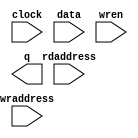
// megafunction wizard: %RAM: 2-PORT%VBB%
// GENERATION: STANDARD
// VERSION: WM1.0
// MODULE: altsyncram 

// ============================================================
// Megafunction Name(s):
// 			altsyncram
//
// Simulation Library Files(s):
// 			altera_mf
// ============================================================
// ************************************************************
// THIS IS A WIZARD-GENERATED FILE. DO NOT EDIT THIS FILE!
//
// 13.0.1 Build 232 06/12/2013 SP 1 SJ Web Edition
// ************************************************************

//Copyright (C) 1991-2013 Altera Corporation
//Your use of Altera Corporation's design tools, logic functions 
//and other software and tools, and its AMPP partner logic 
//functions, and any output files from any of the foregoing 
//(including device programming or simulation files), and any 
//associated documentation or information are expressly subject 
//to the terms and conditions of the Altera Program License 
//Subscription Agreement, Altera MegaCore Function License 
//Agreement, or other applicable license agreement, including, 
//without limitation, that your use is for the sole purpose of 
//programming logic devices manufactured by Altera and sold by 
//Altera or its authorized distributors.  Please refer to the 
//applicable agreement for further details.

module DISP_RAM (
	clock,
	data,
	rdaddress,
	wraddress,
	wren,
	q);

	input	  clock;
	input	[7:0]  data;
	input	[12:0]  rdaddress;
	input	[12:0]  wraddress;
	input	  wren;
	output	[7:0]  q;
`ifndef ALTERA_RESERVED_QIS
// synopsys translate_off
`endif
	tri1	  clock;
	tri0	  wren;
`ifndef ALTERA_RESERVED_QIS
// synopsys translate_on
`endif

endmodule

// ============================================================
// CNX file retrieval info
// ============================================================
// Retrieval info: PRIVATE: ADDRESSSTALL_A NUMERIC "0"
// Retrieval info: PRIVATE: ADDRESSSTALL_B NUMERIC "0"
// Retrieval info: PRIVATE: BYTEENA_ACLR_A NUMERIC "0"
// Retrieval info: PRIVATE: BYTEENA_ACLR_B NUMERIC "0"
// Retrieval info: PRIVATE: BYTE_ENABLE_A NUMERIC "0"
// Retrieval info: PRIVATE: BYTE_ENABLE_B NUMERIC "0"
// Retrieval info: PRIVATE: BYTE_SIZE NUMERIC "8"
// Retrieval info: PRIVATE: BlankMemory NUMERIC "0"
// Retrieval info: PRIVATE: CLOCK_ENABLE_INPUT_A NUMERIC "0"
// Retrieval info: PRIVATE: CLOCK_ENABLE_INPUT_B NUMERIC "0"
// Retrieval info: PRIVATE: CLOCK_ENABLE_OUTPUT_A NUMERIC "0"
// Retrieval info: PRIVATE: CLOCK_ENABLE_OUTPUT_B NUMERIC "0"
// Retrieval info: PRIVATE: CLRdata NUMERIC "0"
// Retrieval info: PRIVATE: CLRq NUMERIC "0"
// Retrieval info: PRIVATE: CLRrdaddress NUMERIC "0"
// Retrieval info: PRIVATE: CLRrren NUMERIC "0"
// Retrieval info: PRIVATE: CLRwraddress NUMERIC "0"
// Retrieval info: PRIVATE: CLRwren NUMERIC "0"
// Retrieval info: PRIVATE: Clock NUMERIC "0"
// Retrieval info: PRIVATE: Clock_A NUMERIC "0"
// Retrieval info: PRIVATE: Clock_B NUMERIC "0"
// Retrieval info: PRIVATE: IMPLEMENT_IN_LES NUMERIC "0"
// Retrieval info: PRIVATE: INDATA_ACLR_B NUMERIC "0"
// Retrieval info: PRIVATE: INDATA_REG_B NUMERIC "0"
// Retrieval info: PRIVATE: INIT_FILE_LAYOUT STRING "PORT_B"
// Retrieval info: PRIVATE: INIT_TO_SIM_X NUMERIC "0"
// Retrieval info: PRIVATE: INTENDED_DEVICE_FAMILY STRING "Cyclone III"
// Retrieval info: PRIVATE: JTAG_ENABLED NUMERIC "0"
// Retrieval info: PRIVATE: JTAG_ID STRING "NONE"
// Retrieval info: PRIVATE: MAXIMUM_DEPTH NUMERIC "0"
// Retrieval info: PRIVATE: MEMSIZE NUMERIC "65536"
// Retrieval info: PRIVATE: MEM_IN_BITS NUMERIC "1"
// Retrieval info: PRIVATE: MIFfilename STRING "DE0_GameBoy_DMG01.mif"
// Retrieval info: PRIVATE: OPERATION_MODE NUMERIC "2"
// Retrieval info: PRIVATE: OUTDATA_ACLR_B NUMERIC "0"
// Retrieval info: PRIVATE: OUTDATA_REG_B NUMERIC "1"
// Retrieval info: PRIVATE: RAM_BLOCK_TYPE NUMERIC "0"
// Retrieval info: PRIVATE: READ_DURING_WRITE_MODE_MIXED_PORTS NUMERIC "1"
// Retrieval info: PRIVATE: READ_DURING_WRITE_MODE_PORT_A NUMERIC "3"
// Retrieval info: PRIVATE: READ_DURING_WRITE_MODE_PORT_B NUMERIC "3"
// Retrieval info: PRIVATE: REGdata NUMERIC "1"
// Retrieval info: PRIVATE: REGq NUMERIC "0"
// Retrieval info: PRIVATE: REGrdaddress NUMERIC "1"
// Retrieval info: PRIVATE: REGrren NUMERIC "1"
// Retrieval info: PRIVATE: REGwraddress NUMERIC "1"
// Retrieval info: PRIVATE: REGwren NUMERIC "1"
// Retrieval info: PRIVATE: SYNTH_WRAPPER_GEN_POSTFIX STRING "0"
// Retrieval info: PRIVATE: USE_DIFF_CLKEN NUMERIC "0"
// Retrieval info: PRIVATE: UseDPRAM NUMERIC "1"
// Retrieval info: PRIVATE: VarWidth NUMERIC "0"
// Retrieval info: PRIVATE: WIDTH_READ_A NUMERIC "8"
// Retrieval info: PRIVATE: WIDTH_READ_B NUMERIC "8"
// Retrieval info: PRIVATE: WIDTH_WRITE_A NUMERIC "8"
// Retrieval info: PRIVATE: WIDTH_WRITE_B NUMERIC "8"
// Retrieval info: PRIVATE: WRADDR_ACLR_B NUMERIC "0"
// Retrieval info: PRIVATE: WRADDR_REG_B NUMERIC "0"
// Retrieval info: PRIVATE: WRCTRL_ACLR_B NUMERIC "0"
// Retrieval info: PRIVATE: enable NUMERIC "0"
// Retrieval info: PRIVATE: rden NUMERIC "0"
// Retrieval info: LIBRARY: altera_mf altera_mf.altera_mf_components.all
// Retrieval info: CONSTANT: ADDRESS_ACLR_B STRING "NONE"
// Retrieval info: CONSTANT: ADDRESS_REG_B STRING "CLOCK0"
// Retrieval info: CONSTANT: CLOCK_ENABLE_INPUT_A STRING "BYPASS"
// Retrieval info: CONSTANT: CLOCK_ENABLE_INPUT_B STRING "BYPASS"
// Retrieval info: CONSTANT: CLOCK_ENABLE_OUTPUT_B STRING "BYPASS"
// Retrieval info: CONSTANT: INIT_FILE STRING "DE0_GameBoy_DMG01.mif"
// Retrieval info: CONSTANT: INTENDED_DEVICE_FAMILY STRING "Cyclone III"
// Retrieval info: CONSTANT: LPM_TYPE STRING "altsyncram"
// Retrieval info: CONSTANT: NUMWORDS_A NUMERIC "8192"
// Retrieval info: CONSTANT: NUMWORDS_B NUMERIC "8192"
// Retrieval info: CONSTANT: OPERATION_MODE STRING "DUAL_PORT"
// Retrieval info: CONSTANT: OUTDATA_ACLR_B STRING "NONE"
// Retrieval info: CONSTANT: OUTDATA_REG_B STRING "CLOCK0"
// Retrieval info: CONSTANT: POWER_UP_UNINITIALIZED STRING "FALSE"
// Retrieval info: CONSTANT: READ_DURING_WRITE_MODE_MIXED_PORTS STRING "OLD_DATA"
// Retrieval info: CONSTANT: WIDTHAD_A NUMERIC "13"
// Retrieval info: CONSTANT: WIDTHAD_B NUMERIC "13"
// Retrieval info: CONSTANT: WIDTH_A NUMERIC "8"
// Retrieval info: CONSTANT: WIDTH_B NUMERIC "8"
// Retrieval info: CONSTANT: WIDTH_BYTEENA_A NUMERIC "1"
// Retrieval info: USED_PORT: clock 0 0 0 0 INPUT VCC "clock"
// Retrieval info: USED_PORT: data 0 0 8 0 INPUT NODEFVAL "data[7..0]"
// Retrieval info: USED_PORT: q 0 0 8 0 OUTPUT NODEFVAL "q[7..0]"
// Retrieval info: USED_PORT: rdaddress 0 0 13 0 INPUT NODEFVAL "rdaddress[12..0]"
// Retrieval info: USED_PORT: wraddress 0 0 13 0 INPUT NODEFVAL "wraddress[12..0]"
// Retrieval info: USED_PORT: wren 0 0 0 0 INPUT GND "wren"
// Retrieval info: CONNECT: @address_a 0 0 13 0 wraddress 0 0 13 0
// Retrieval info: CONNECT: @address_b 0 0 13 0 rdaddress 0 0 13 0
// Retrieval info: CONNECT: @clock0 0 0 0 0 clock 0 0 0 0
// Retrieval info: CONNECT: @data_a 0 0 8 0 data 0 0 8 0
// Retrieval info: CONNECT: @wren_a 0 0 0 0 wren 0 0 0 0
// Retrieval info: CONNECT: q 0 0 8 0 @q_b 0 0 8 0
// Retrieval info: GEN_FILE: TYPE_NORMAL DISP_RAM.v TRUE
// Retrieval info: GEN_FILE: TYPE_NORMAL DISP_RAM.inc FALSE
// Retrieval info: GEN_FILE: TYPE_NORMAL DISP_RAM.cmp FALSE
// Retrieval info: GEN_FILE: TYPE_NORMAL DISP_RAM.bsf FALSE
// Retrieval info: GEN_FILE: TYPE_NORMAL DISP_RAM_inst.v FALSE
// Retrieval info: GEN_FILE: TYPE_NORMAL DISP_RAM_bb.v TRUE
// Retrieval info: LIB_FILE: altera_mf